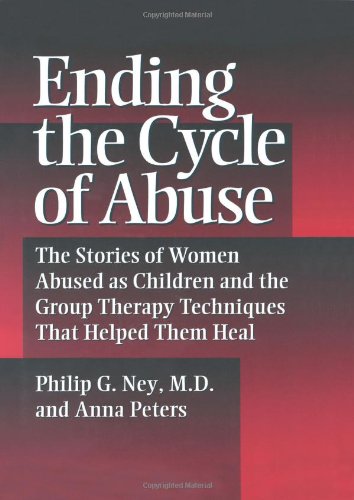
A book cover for Ending the Cycle of Abuse: The Stories of Women Abused As Children & the Group Therapy Techniques That Helped Them Heal; Philip G. Ney; Health, Fitness & Dieting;